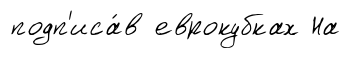
подп'иса́в еврокубках На